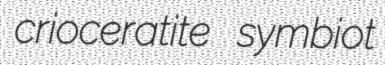
crioceratite symbiot